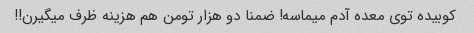
کوبیده توی معده آدم میماسه! ضمنا دو هزار تومن هم هزینه ظرف میگیرن!!